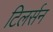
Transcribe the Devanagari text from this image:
टिलर्सन